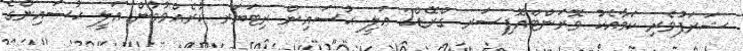
ޝަރަފުވެރި ކަމާއެކު ވޮރަންޓްއޮފިސަރ ގްރޭޑް2 ޢަލީ ޙުސައިން ރިޓަޔަރ ކުރެއްވުމުން ޢަލީ ޙުސައިންގެ